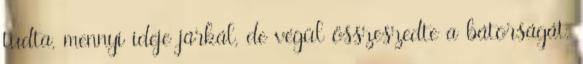
tudta, mennyi ideje járkál, de végül összeszedte a bátorságát,